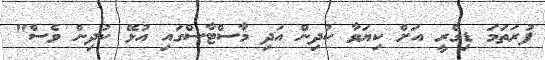
ފުރަތަމަ ޑިގްރީ އަށް ކިޔަވާ ކުދިން އަދި މާސްޓާސްގައި އުޅޭ ކުދިން ވެސް"